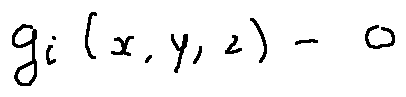
g _ { i } ( x , y , z ) = 0